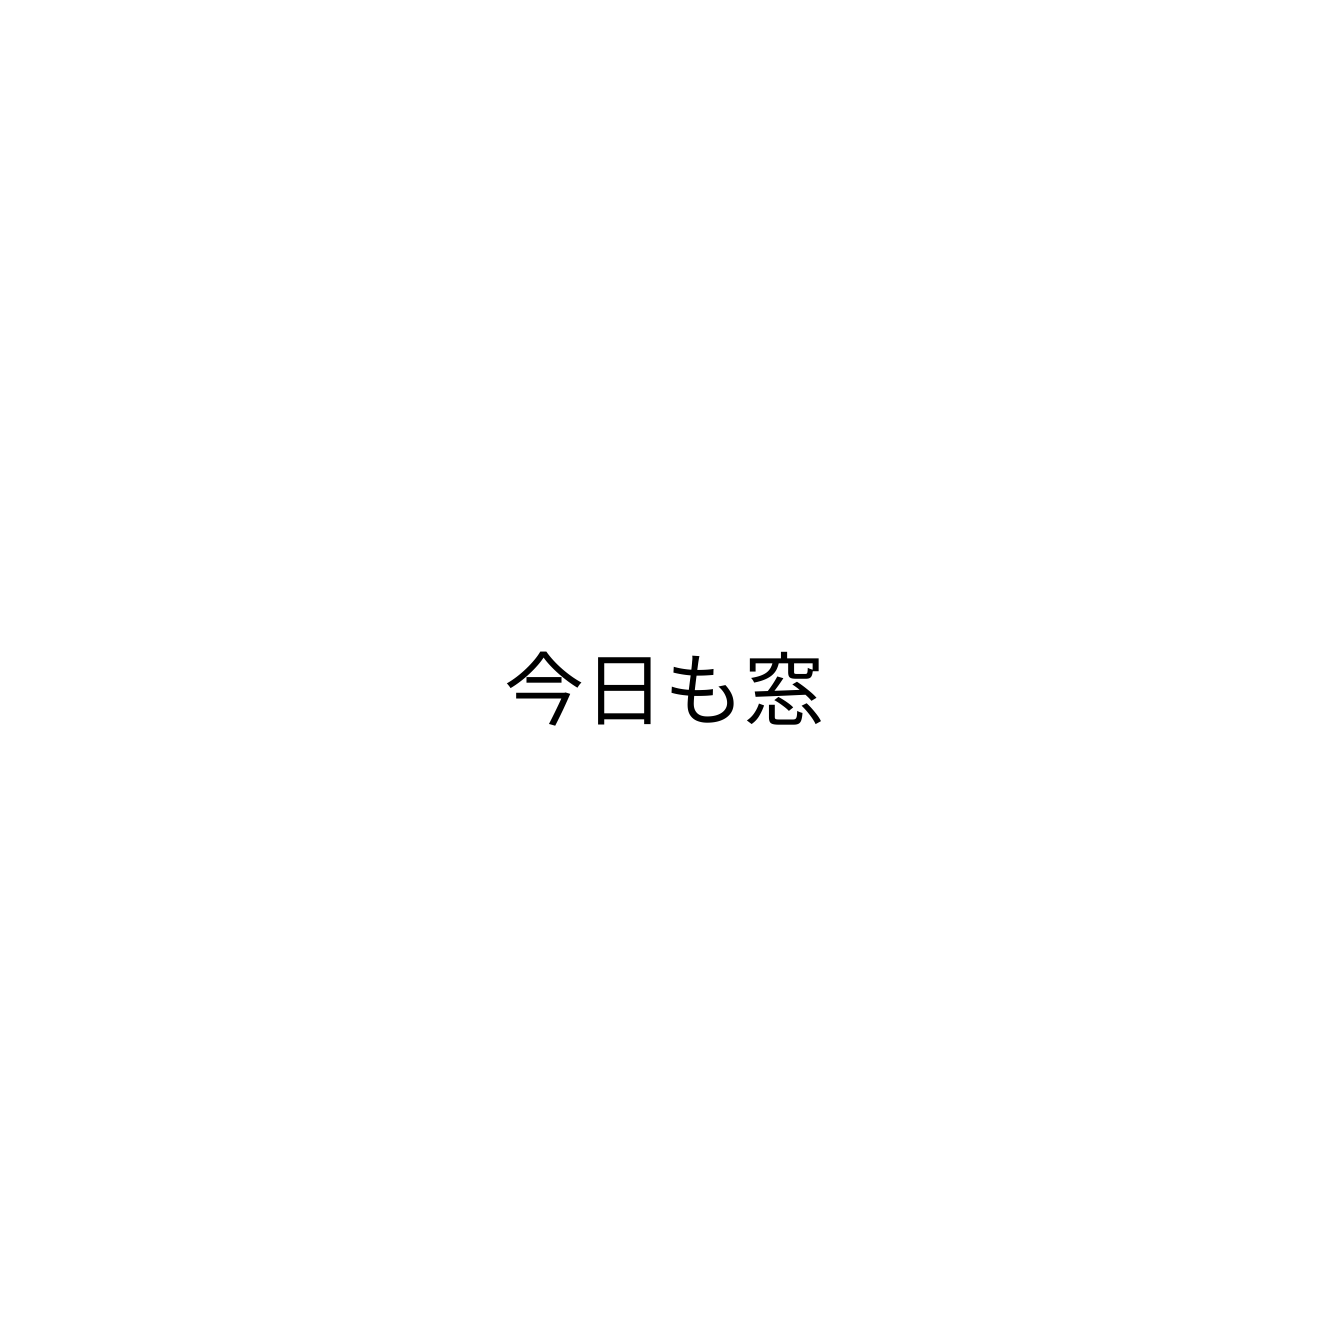
今日も窓